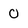
Character: 0